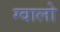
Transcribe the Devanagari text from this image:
ग्‍वालो